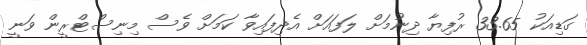
ގަޑިއަކު 33.65 ރުފިޔާ ދިނުމަށް ލަފައަށް އެދިފައިވާ ކަމަށް ވެސް މިނިސްޓްރީން ވަނީ